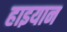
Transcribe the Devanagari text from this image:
हाइयान